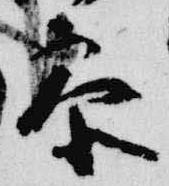
参